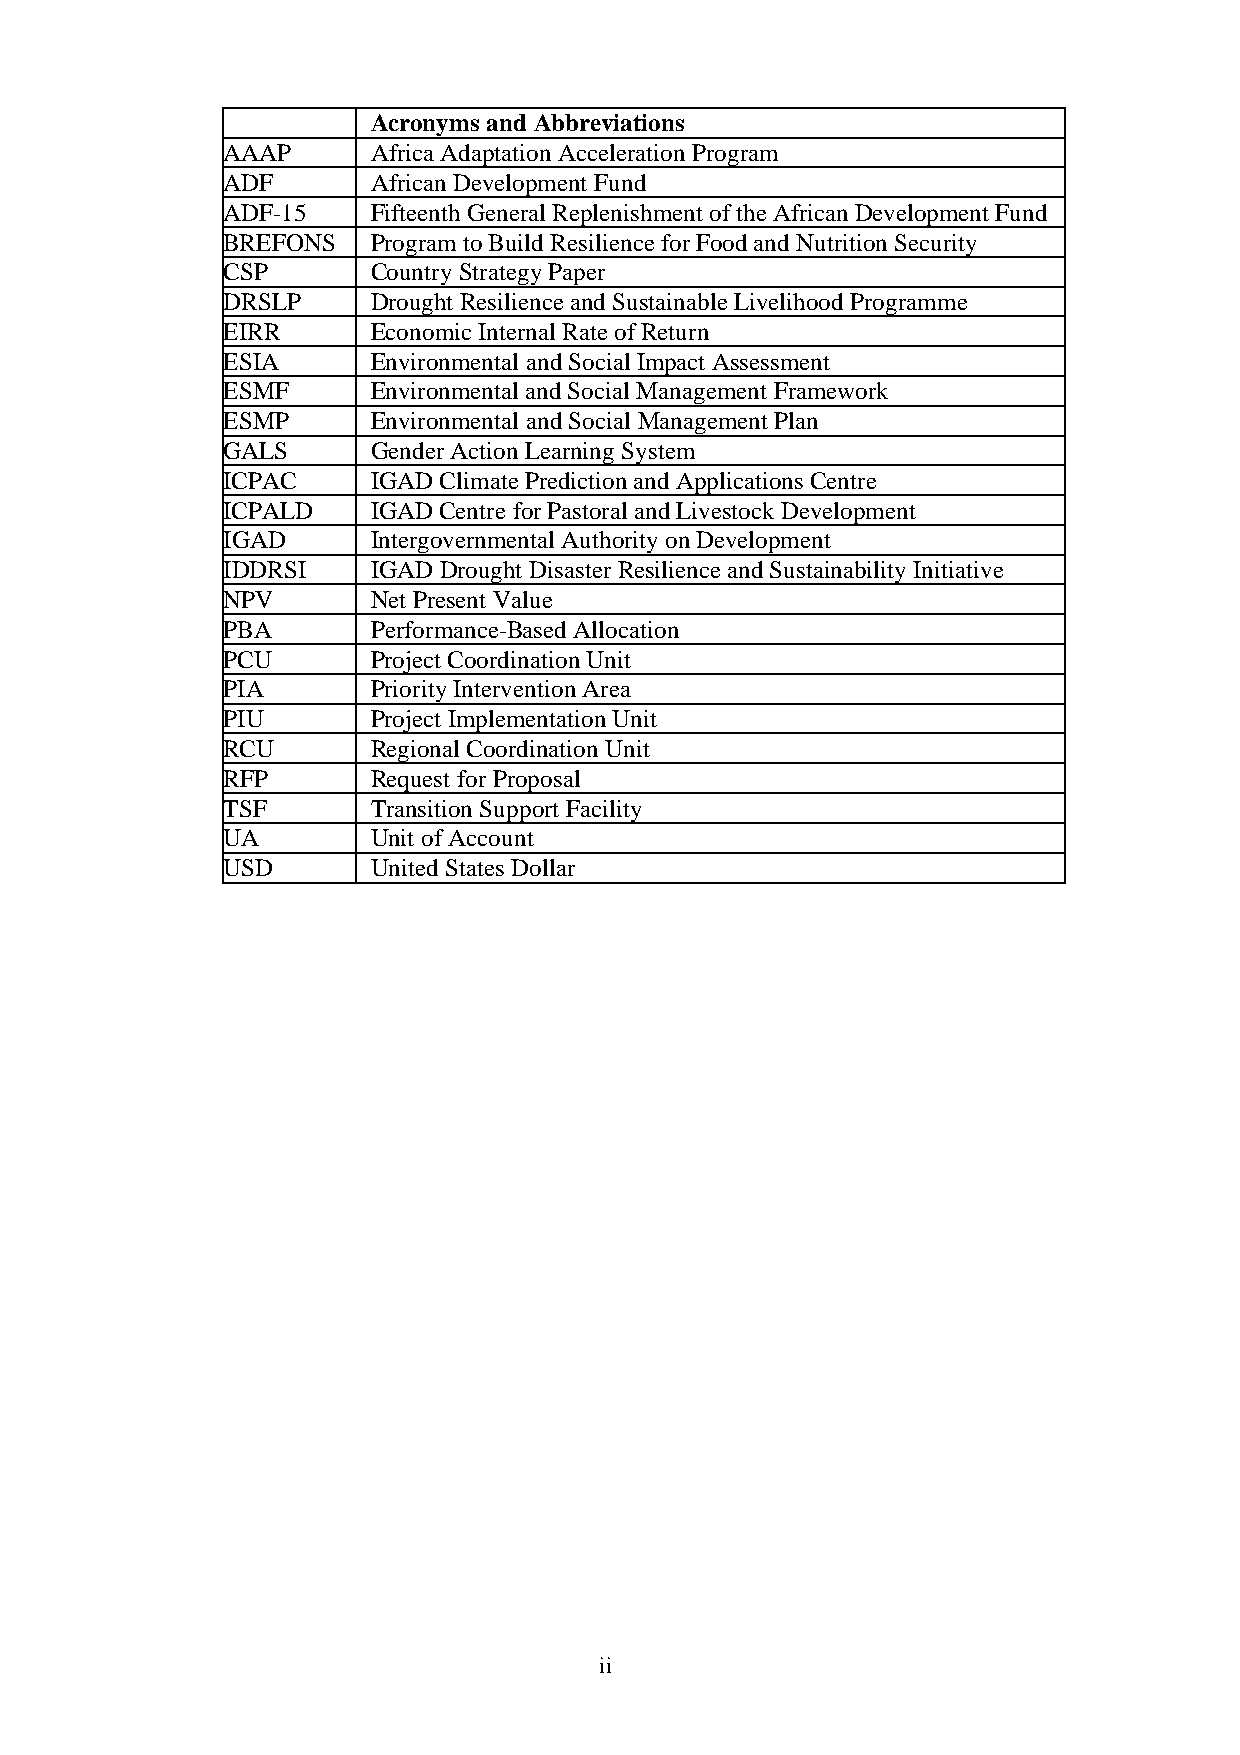
Acronyms and Abbreviations
 AAAP      Africa Adaptation Acceleration Program
 ADF       African Development Fund
 ADF-15    Fifteenth General Replenishment of the African Development Fund
 BREFONS   Program to Build Resilience for Food and Nutrition Security
 CSP       Country Strategy Paper
 DRSLP     Drought Resilience and Sustainable Livelihood Programme
 EIRR      Economic Internal Rate of Return
 ESIA      Environmental and Social Impact Assessment
 ESMF      Environmental and Social Management Framework
 ESMP      Environmental and Social Management Plan
 GALS      Gender Action Learning System
 ICPAC     IGAD Climate Prediction and Applications Centre
 ICPALD    IGAD Centre for Pastoral and Livestock Development
 IGAD      Intergovernmental Authority on Development
 IDDRSI    IGAD Drought Disaster Resilience and Sustainability Initiative
 NPV       Net Present Value
 PBA       Performance-Based Allocation
 PCU       Project Coordination Unit
 PIA       Priority Intervention Area
 PIU       Project Implementation Unit
 RCU       Regional Coordination Unit
 RFP       Request for Proposal
 TSF       Transition Support Facility
 UA        Unit of Account
 USD       United States Dollar
 ii